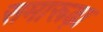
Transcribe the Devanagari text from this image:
समारूढ़ा